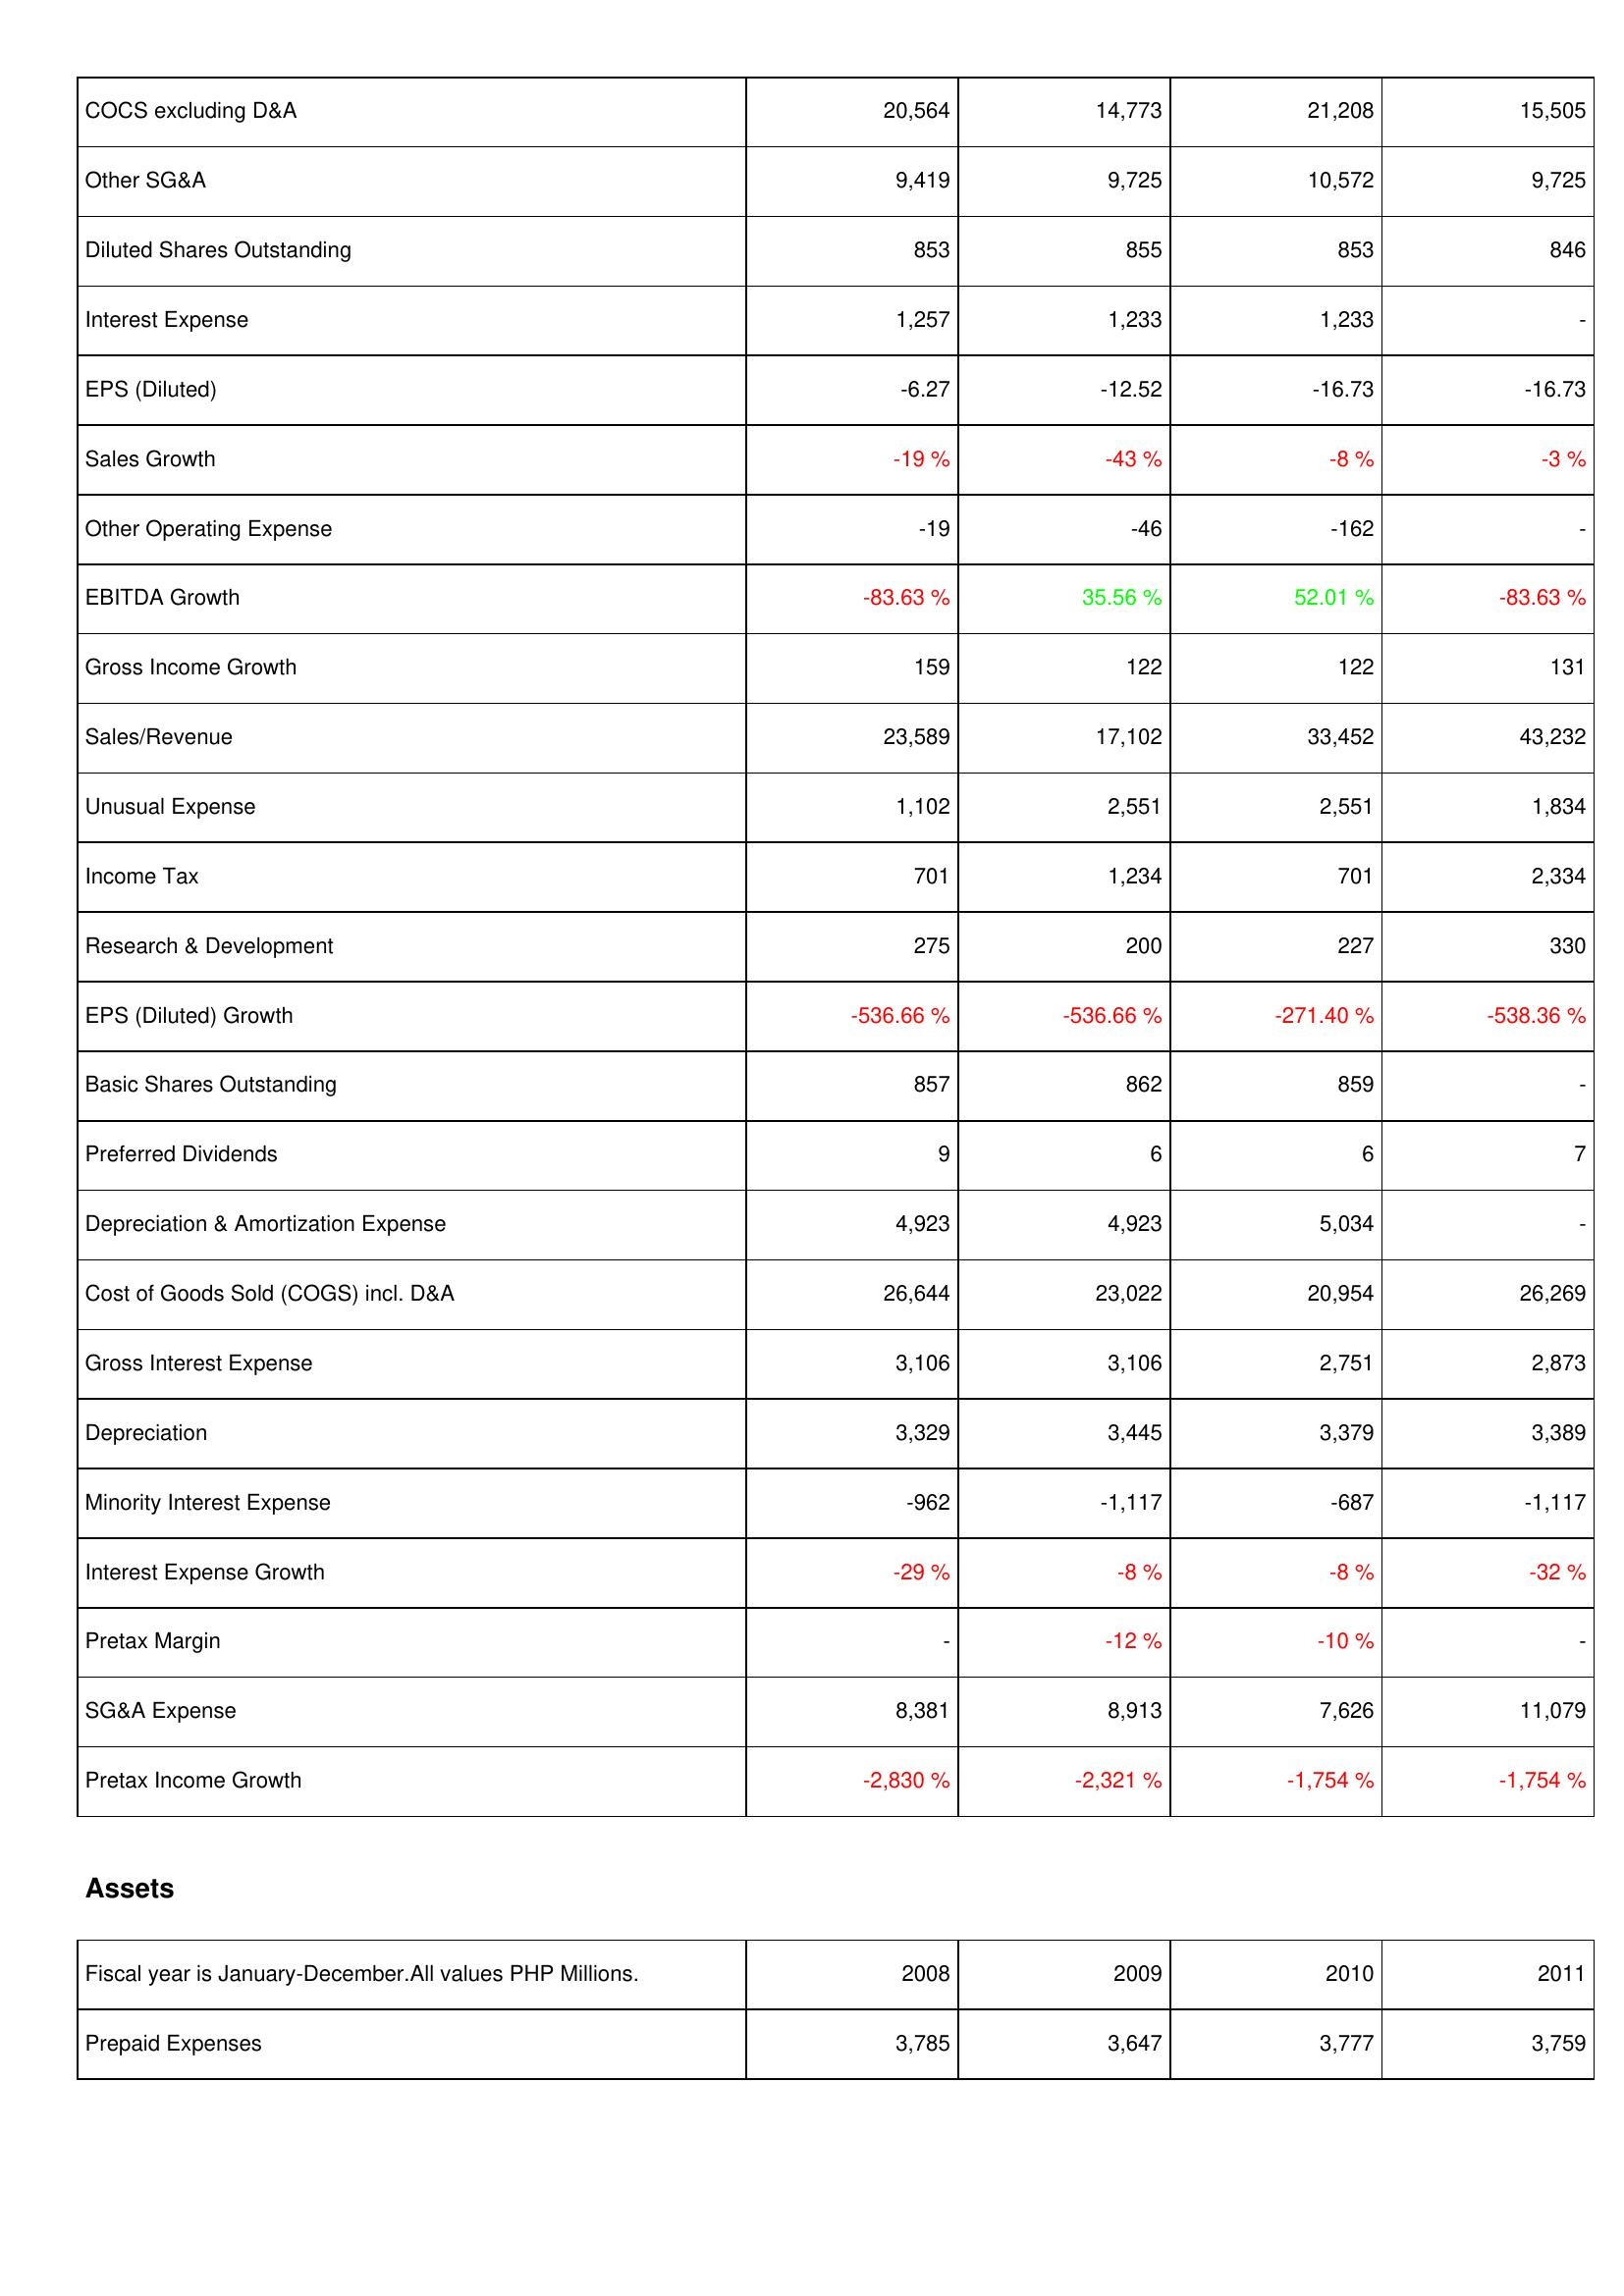
2008: Income Statement: COCS excluding D&A: 20,564
Other SG&A: 9,419
Diluted Shares Outstanding: 853
Interest Expense: 1,257
EPS (Diluted): -6.27
Sales Growth: -19 %
Other Operating Expense: -19
EBITDA Growth: -83.63 %
Gross Income Growth: 159
Sales/Revenue: 23,589
Unusual Expense: 1,102
Income Tax: 701
Research & Development: 275
EPS (Diluted) Growth: -536.66 %
Basic Shares Outstanding: 857
Preferred Dividends: 9
Depreciation & Amortization Expense: 4,923
Cost of Goods Sold (COGS) incl. D&A: 26,644
Gross Interest Expense: 3,106
Depreciation: 3,329
Minority Interest Expense: -962
Interest Expense Growth: -29 %
Pretax Margin: -
SG&A Expense: 8,381
Pretax Income Growth: -2,830 %
Assets: Prepaid Expenses: 3,785
2009: Income Statement: COCS excluding D&A: 14,773
Other SG&A: 9,725
Diluted Shares Outstanding: 855
Interest Expense: 1,233
EPS (Diluted): -12.52
Sales Growth: -43 %
Other Operating Expense: -46
EBITDA Growth: 35.56 %
Gross Income Growth: 122
Sales/Revenue: 17,102
Unusual Expense: 2,551
Income Tax: 1,234
Research & Development: 200
EPS (Diluted) Growth: -536.66 %
Basic Shares Outstanding: 862
Preferred Dividends: 6
Depreciation & Amortization Expense: 4,923
Cost of Goods Sold (COGS) incl. D&A: 23,022
Gross Interest Expense: 3,106
Depreciation: 3,445
Minority Interest Expense: -1,117
Interest Expense Growth: -8 %
Pretax Margin: -12 %
SG&A Expense: 8,913
Pretax Income Growth: -2,321 %
Assets: Prepaid Expenses: 3,647
2010: Income Statement: COCS excluding D&A: 21,208
Other SG&A: 10,572
Diluted Shares Outstanding: 853
Interest Expense: 1,233
EPS (Diluted): -16.73
Sales Growth: -8 %
Other Operating Expense: -162
EBITDA Growth: 52.01 %
Gross Income Growth: 122
Sales/Revenue: 33,452
Unusual Expense: 2,551
Income Tax: 701
Research & Development: 227
EPS (Diluted) Growth: -271.40 %
Basic Shares Outstanding: 859
Preferred Dividends: 6
Depreciation & Amortization Expense: 5,034
Cost of Goods Sold (COGS) incl. D&A: 20,954
Gross Interest Expense: 2,751
Depreciation: 3,379
Minority Interest Expense: -687
Interest Expense Growth: -8 %
Pretax Margin: -10 %
SG&A Expense: 7,626
Pretax Income Growth: -1,754 %
Assets: Prepaid Expenses: 3,777
2011: Income Statement: COCS excluding D&A: 15,505
Other SG&A: 9,725
Diluted Shares Outstanding: 846
Interest Expense: -
EPS (Diluted): -16.73
Sales Growth: -3 %
Other Operating Expense: -
EBITDA Growth: -83.63 %
Gross Income Growth: 131
Sales/Revenue: 43,232
Unusual Expense: 1,834
Income Tax: 2,334
Research & Development: 330
EPS (Diluted) Growth: -538.36 %
Basic Shares Outstanding: -
Preferred Dividends: 7
Depreciation & Amortization Expense: -
Cost of Goods Sold (COGS) incl. D&A: 26,269
Gross Interest Expense: 2,873
Depreciation: 3,389
Minority Interest Expense: -1,117
Interest Expense Growth: -32 %
Pretax Margin: -
SG&A Expense: 11,079
Pretax Income Growth: -1,754 %
Assets: Prepaid Expenses: 3,759